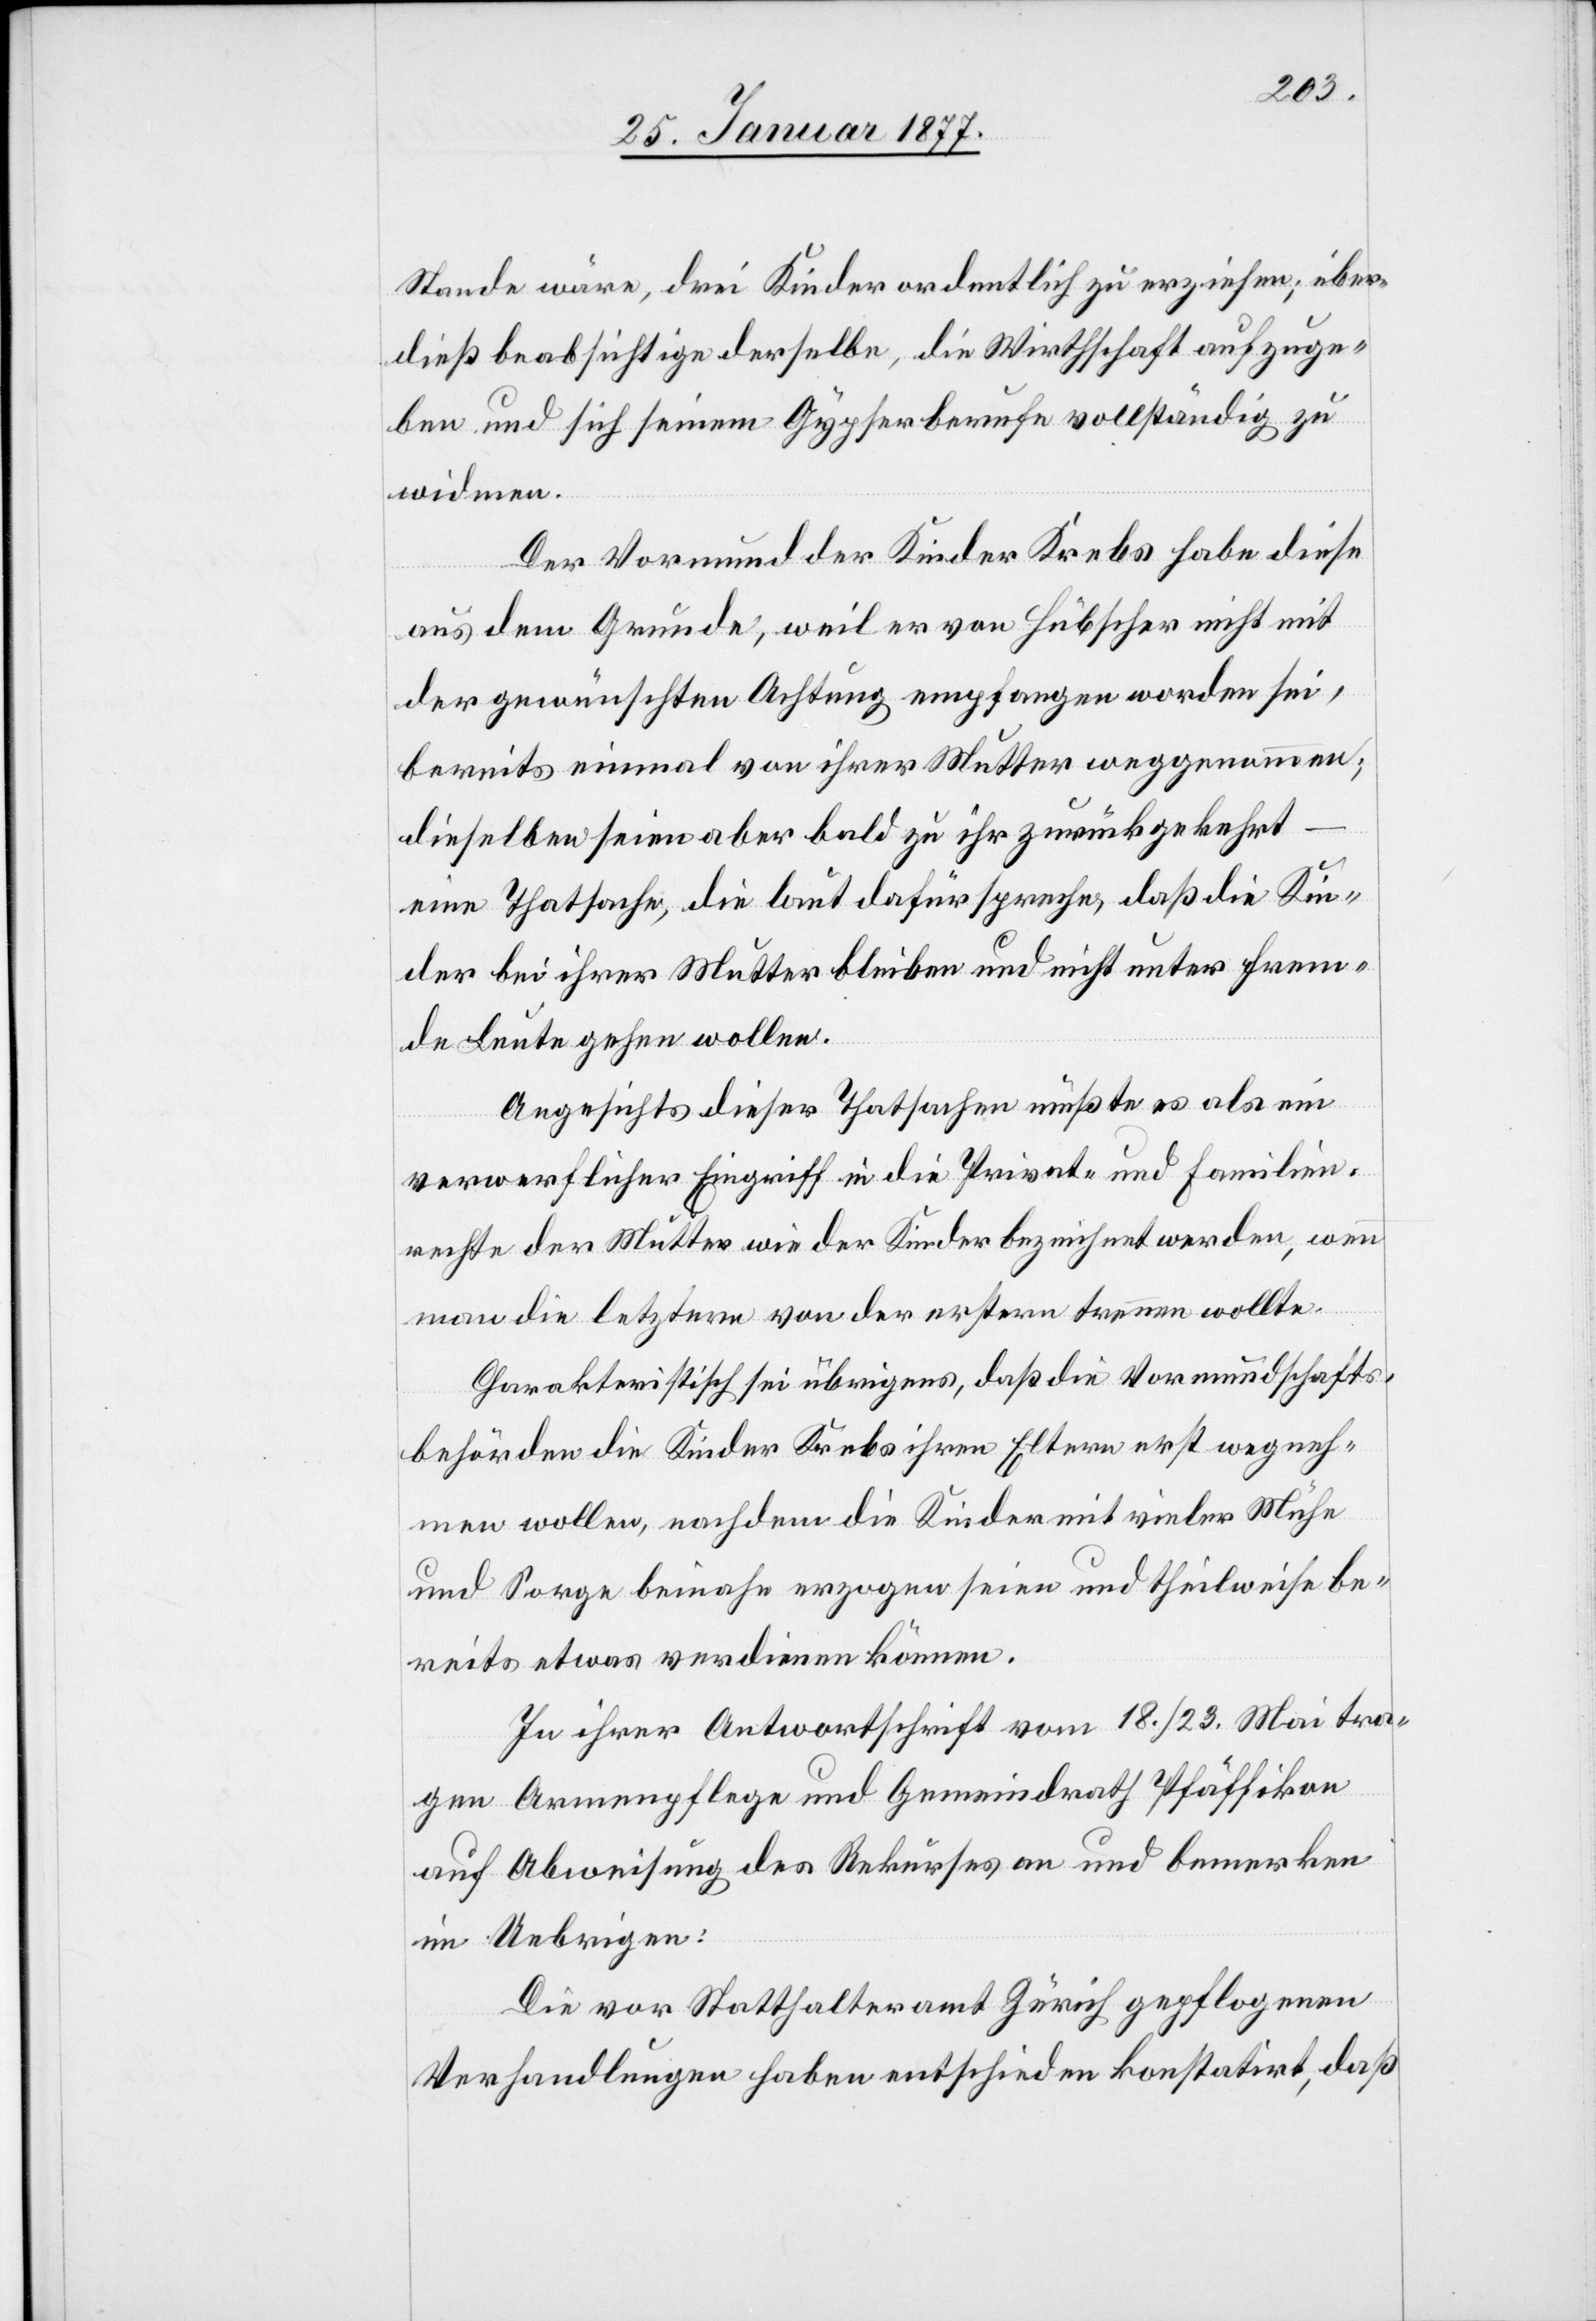
Stande wäre, drei Kinder ordentlich zu erziehen; über¬
dieß beabsichtige derselbe, die Wirthschaft aufzuge¬
ben und sich seinem Gypserberufe vollständig zu
widmen.
Der Vormund der Kinder Krebs habe diese
aus dem Grunde, weil er von Hübscher nicht mit
der gewünschten Achtung empfangen worden sei,
bereits einmal von ihrer Mutter weggenommen;
dieselben seien aber bald zu ihr zurückgekehrt
eine Thatsache, die laut dafür spreche, daß die Kin¬
der bei ihrer Mutter bleiben und nicht unter frem¬
de Leute gehen wollen.
Angesichts dieser Thatsachen müßte es als ein
verwerflicher Eingriff in die Privat- und Familien¬
rechte der Mutter wie der Kinder bezeichnet werden, wenn
man die letztern von der erstern trennen wollte.
Charakteristisch sei übrigens, daß die Vormundschafts¬
behörden die Kinder Krebs ihren Eltern erst wegneh¬
men wollen, nachdem die Kinder mit vieler Mühe
und Sorge beinahe erzogen seien und theilweise be¬
reits etwas verdienen können.
In ihrer Antwortschrift vom 18./23. Mai tra¬
gen Armenpflege und Gemeindrath Pfäffikon
auf Abweisung des Rekurses an und bemerken
im Uebrigen:
Die vor Statthalteramt Zürich gepflogenen
Verhandlungen haben entschieden konstatirt, daß